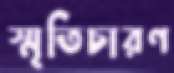
স্মৃতিচারণ